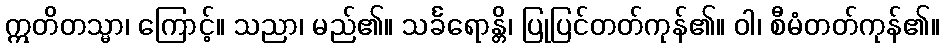
ဣတိတသ္မာ၊ ကြောင့်။ သညာ၊ မည်၏။ သင်္ခရောန္တိ၊ ပြုပြင်တတ်ကုန်၏။ ဝါ၊ စီမံတတ်ကုန်၏။